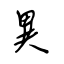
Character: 異